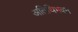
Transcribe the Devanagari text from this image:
अतिथिभवन